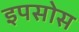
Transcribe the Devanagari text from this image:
इपसोस